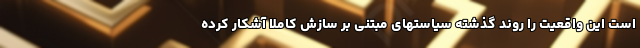
است این واقعیت را روند گذشته سیاستهای مبتنی بر سازش کاملا آشکار کرده